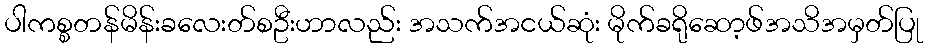
ပါကစ္စတန်မိန်းခလေးတ်စဦးဟာလည်း အသက်အငယ်ဆုံး မိုက်ခရိုဆော့ဖ်အသိအမှတ်ပြု